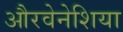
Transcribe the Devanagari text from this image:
औरवेनेशिया